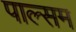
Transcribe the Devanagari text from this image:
पाल्सम